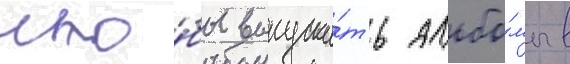
что́бы выпуска́ть альбо́мы в